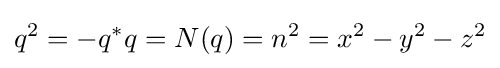
q^{2}=-q^{*}q=N(q)=n^{2}=x^{2}-y^{2}-z^{2}